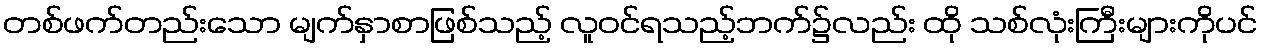
တစ်ဖက်တည်းသော မျက်နှာစာဖြစ်သည့် လူဝင်ရသည့်ဘက်၌လည်း ထို သစ်လုံးကြီးများကိုပင်